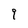
Character: 9